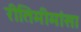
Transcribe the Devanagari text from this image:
रीतिमीमांसा